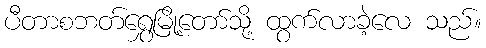
ပီတာစဘတ်ရွှေမြို့တော်သို့ ထွက်လာခဲ့လေ သည်။